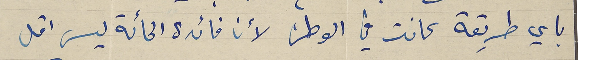
باي طريقة كانت في الوطن لأن فائدة المائة ليس اقل